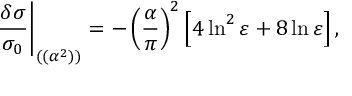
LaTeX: { \frac { \delta \sigma } { \sigma _ { 0 } } } \Bigg \vert _ { ( ( \alpha ^ { 2 } ) ) } = - \left( { \frac { \alpha } { \pi } } \right) ^ { 2 } \left[ 4 \ln ^ { 2 } \varepsilon + 8 \ln \varepsilon \right] ,